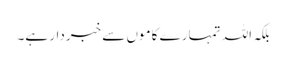
بلکہ اللہ تمہارے کاموں سے خبردار ہے۔